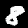
Digit: 8